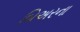
બિઅરના